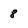
Character: 8